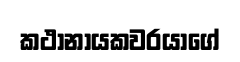
කථානායකවරයාගේ